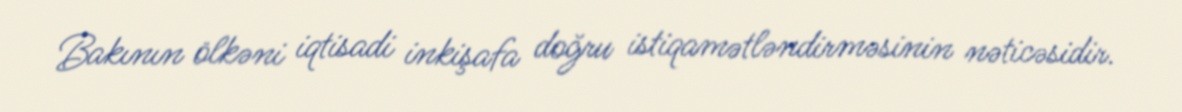
Bakının ölkəni iqtisadi inkişafa doğru istiqamətləndirməsinin nəticəsidir.